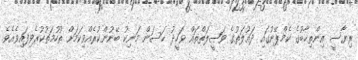
ރިޔާސީ އިންތިޚާބުގެ ކެމްޕޭނުގައި ދައުލަތުގެ ވަޞީލަތްތައް ވަހީދު ހަސަން މަނިކު ބޭނުންކުރެއްވިކަމަށް ތުހުމަތުކުރެވިފައިވެއެވެ.